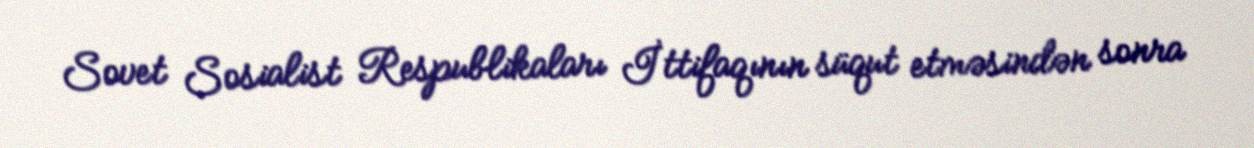
Sovet Sosialist Respublikaları İttifaqının süqut etməsindən sonra